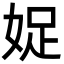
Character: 娖